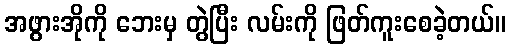
အဖွားအိုကို ဘေးမှ တွဲပြီး လမ်းကို ဖြတ်ကူးစေခဲ့တယ်။